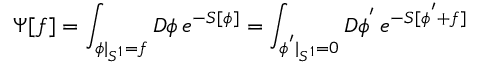
\Psi [ f ] = \int _ { \phi | _ { S ^ { 1 } } = f } { \cal D } \phi \, e ^ { - S [ \phi ] } = \int _ { \phi ^ { ' } | _ { S ^ { 1 } } = 0 } { \cal D } \phi ^ { ' } \, e ^ { - S [ \phi ^ { ' } + f ] }